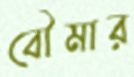
বৌমার